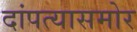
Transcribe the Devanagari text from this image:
दांपत्यासमोर